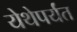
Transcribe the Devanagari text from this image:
येथेपर्यंत